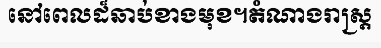
នៅពេលដ៏ឆាប់ខាងមុខ។តំណាងរាស្ត្រ